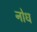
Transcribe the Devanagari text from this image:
नोध